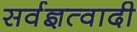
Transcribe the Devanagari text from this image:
सर्वज्ञत्वादी